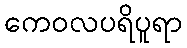
ကေဝလပရိပူရာ